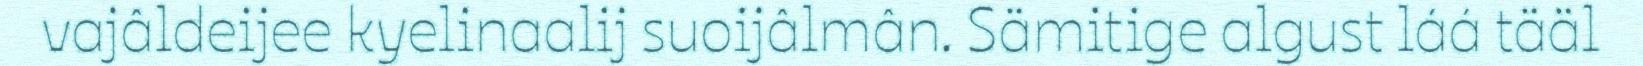
vajâldeijee kyelinaalij suoijâlmân. Sämitige algust láá tääl